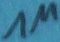
Text: 1M